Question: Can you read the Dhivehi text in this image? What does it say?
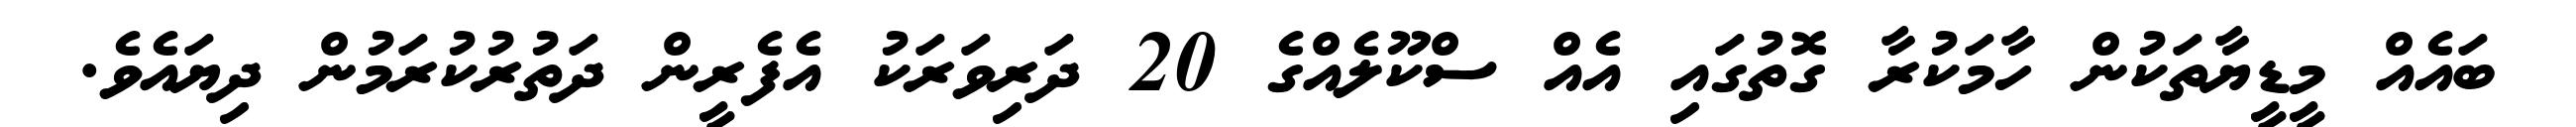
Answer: ބައެއް މީޑީޔާތަކުން ހާމަކުރާ ގޮތުގައި އެއް ސްކޫލެއްގެ 20 ދަރިވަރަކު އެފެރީން ދަތުރުކުރަމުން ދިޔައެވެ.